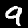
Label: 9